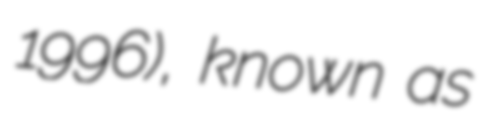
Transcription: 1996), known as